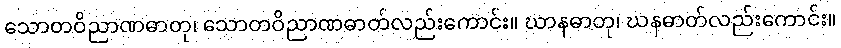
သောတဝိညာဏဓာတု၊ သောတဝိညာဏဓာတ်လည်းကောင်း။ ဃာနဓာတု၊ ဃနဓာတ်လည်းကောင်း။